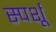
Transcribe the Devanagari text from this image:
स्पर्शू